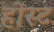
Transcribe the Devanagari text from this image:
होस्‍ट